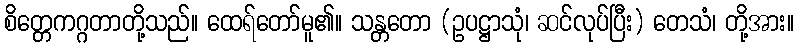
စိတ္တေကဂ္ဂတာတို့သည်။ ထေရ်တော်မူ၏။ သန္တတော (ဥပဋ္ဌာသုံ၊ ဆင်လုပ်ပြီး) တေသံ၊ တို့အား။